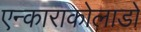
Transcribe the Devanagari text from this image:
एन्काराकोलाडो